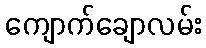
ကျောက်ချောလမ်း